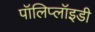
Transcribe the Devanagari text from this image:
पॉलिप्लॉइडी